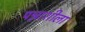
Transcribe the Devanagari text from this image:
पन्नाशीला